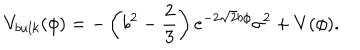
V _ { b u l k } ( \phi ) = - \left( b ^ { 2 } - \frac { 2 } { 3 } \right) e ^ { - 2 \sqrt { 2 } b \phi } \sigma ^ { 2 } + V ( \phi ) .